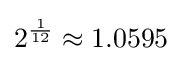
2^{\frac {1}{12}}\approx 1.0595